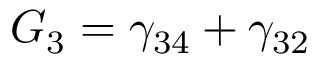
G _ { 3 } = \gamma _ { 3 4 } + \gamma _ { 3 2 }